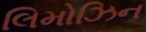
લિમોઝિન